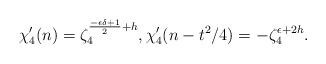
LaTeX: \begin{align*}\chi_4'(n)=\zeta_4^{\frac{-\epsilon \delta+1}{2}+h}, \chi_4'(n-t^2/4)=-\zeta_4^{\epsilon+2h}. \end{align*}